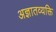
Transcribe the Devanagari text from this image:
अज्ञातव्यक्ति